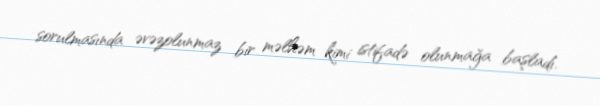
sorulmasında əvəzolunmaz bir məlhəm kimi istifadə olunmağa başladı.